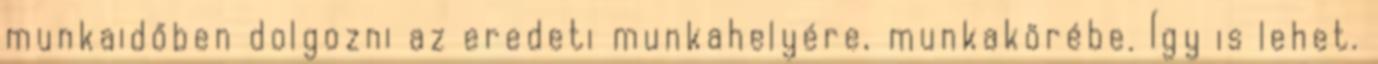
munkaidőben dolgozni az eredeti munkahelyére, munkakörébe. Így is lehet.